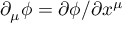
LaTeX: \partial _ { \mu } \phi = \partial \phi / \partial x ^ { \mu }